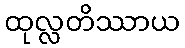
ထုလ္လတိဿာယ